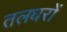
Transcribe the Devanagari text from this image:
तलधरों